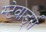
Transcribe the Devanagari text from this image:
स्टेवार्ड्स